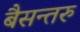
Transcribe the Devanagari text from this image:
बैसन्तरु